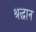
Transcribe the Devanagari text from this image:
श्रद्धान